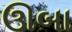
ઊબા